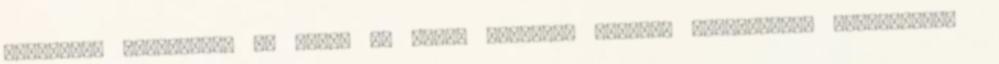
Recources Management és benne az ember szerepe. További információk szerkesztés